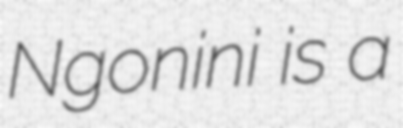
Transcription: Ngonini is a